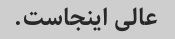
عالی اینجاست.